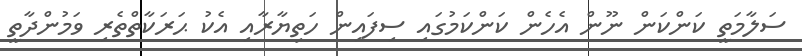
ސަލާމަތީ ކަންކަން ނޫން އެހެން ކަންކަމުގައި ސިފައިން ހަތިޔާރާއި އެކު ޙަރަކާތްތެރި ވަމުންދާތީ